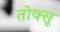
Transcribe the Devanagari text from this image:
तोक्सू